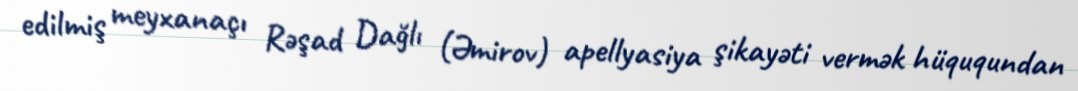
edilmiş meyxanaçı Rəşad Dağlı (Əmirov) apellyasiya şikayəti vermək hüququndan